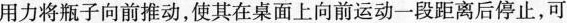
用力将瓶子向前推动，使其在桌面上向前运动一段距离后停止，可